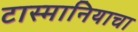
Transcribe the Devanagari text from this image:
टास्मानियाचा